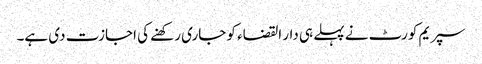
سپریم کورٹ نے پہلے ہی دار القضاء کو جاری رکھنے کی اجازت دی ہے۔